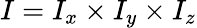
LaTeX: I=I_{x}\times I_{y}\times I_{z}